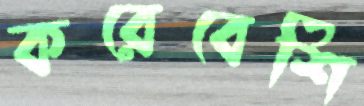
করেবেশি